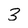
Character: 3